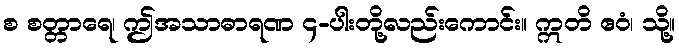
စ စတ္တာရေ၊ ဤအသာဓာရဏ ၄-ပါးတို့လည်းကောင်း။ ဣတိ ဧဝံ၊ သို့။